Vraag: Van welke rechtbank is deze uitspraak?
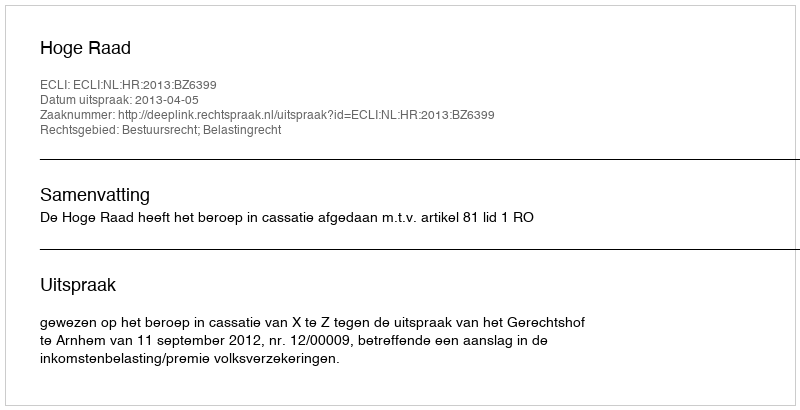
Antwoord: Hoge Raad